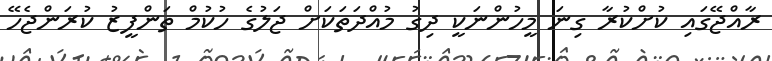
ރާއްޖޭގައި ކުށްކުރާ ގިނަ މީހުންނަކީ ދިގު މުއްދަތަކަށް ޖަލުގެ ހުކުމް ތަންފީޒު ކުރަންޖެހޭ